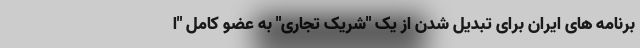
برنامه های ایران برای تبدیل شدن از یک "شریک تجاری" به عضو کامل "ا